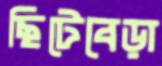
ছিটেবেড়া